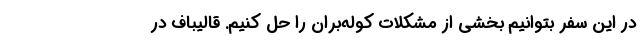
در این سفر بتوانیم بخشی از مشکلات کوله‌بران را حل کنیم. قالیباف در